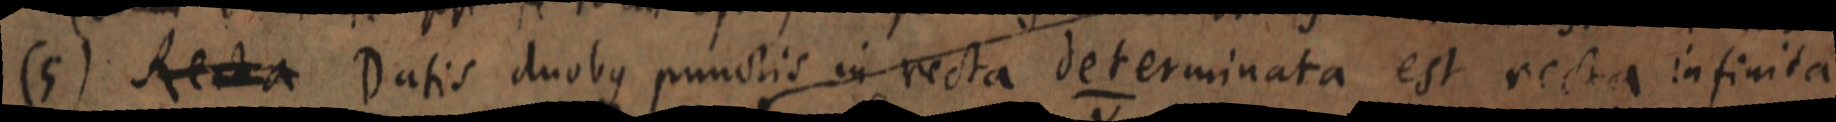
(5) Recta Datis duobus punctis in recta determinata est recta infinita